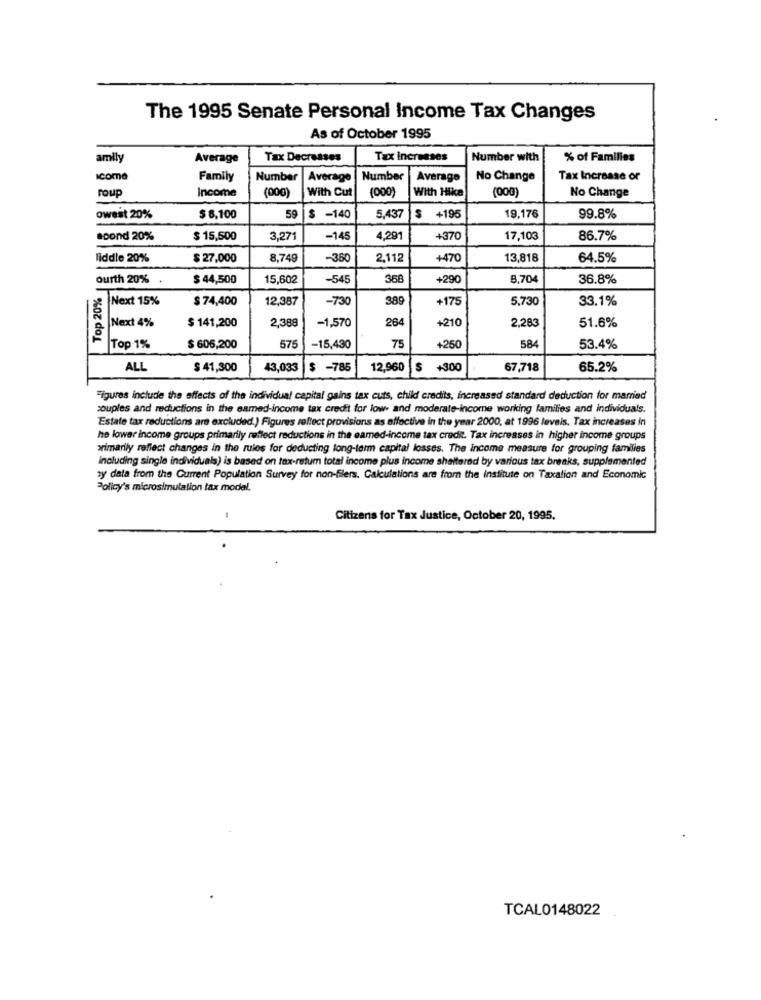
The 1995 Senate Personal Income Tax Changes
As of October 1995
amily
Average
Tax Decreases
Tax Increases
Number with
% of Families
Icoma
Family
Number |Average
Number
Average
No Change
Tax Increase or
roup
Income
(000)
With Cut
(000)
With Hike
(000)
No Change
owest 20%
$ 8,100
59
|$ -140
5,437
$ +195
19,176
99.8%
soond 20%
$ 15,500
3,271
-145
4,291
+370
17,103
86.7%
liddle 20%
$ 27,000
8,749
-360
2,112
+470
13,818
64.5%
ourth 20%
$ 44,500
15,602
-545
358
+290
8,704
36.8%
Top 20%
Next 15%
$ 74,400
12,387
-730
389
+175
5,730
33.1%
Next 4%
264
51.6%
$ 141,200
2,388
-1,570
+210
2,283
584
Top 1%
$ 606,200
575
-15,430
75
+250
53.4%
ALL
$ 41,300
43,033
$ -785
12,960
$ +300
67,718
65.2%
Figures include the effects of the individual capital gains tax cuts, child credits, increased standard deduction for mamed
couples and reductions in the samed-income tax credit for low- and moderate-income working families and individuals.
Estate tax reductions are excluded.) Figures reflect provisions as effective in the year 2000, at 1996 levels. Tax increases in
he lower income groups primarily reflect reductions in the eamed-income tax credit. Tax increases in higher income groups
primarily reffect changes in the rules for deducting long-term capital losses. The income measure for grouping families
including single individuals) is based on tax-retum total income plus income shattered by various tax breaks, supplemented
zy data from the Current Population Survey for non-filers. Calculations are from the institute on Taxation and Economic
Policy's microsimulation tax model.
Citizens for Tax Justice, October 20, 1995.
TCAL0148022